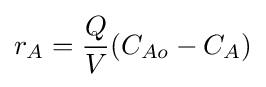
r_{A}={\frac {Q}{V}}(C_{Ao}-C_{A})